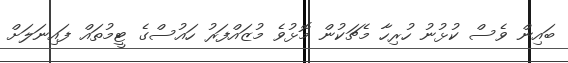
ބައިން ވެސް ކުޅުނު ހުރިހާ މެޗަކުން މޮޅުވެ މުޒައްފަރު ހައުސްގެ ޓީމުތައް ފައިނަލަށް